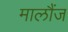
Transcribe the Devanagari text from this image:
मालौंज